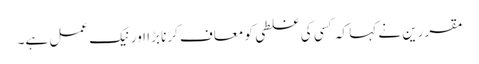
مقررین نے کہا کہ کسی کی غلطی کو معاف کرنا بڑا اور نیک عمل ہے۔